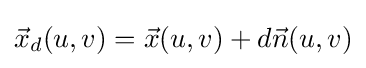
{\vec {x}}_{d}(u,v)={\vec {x}}(u,v)+d{\vec {n}}(u,v)